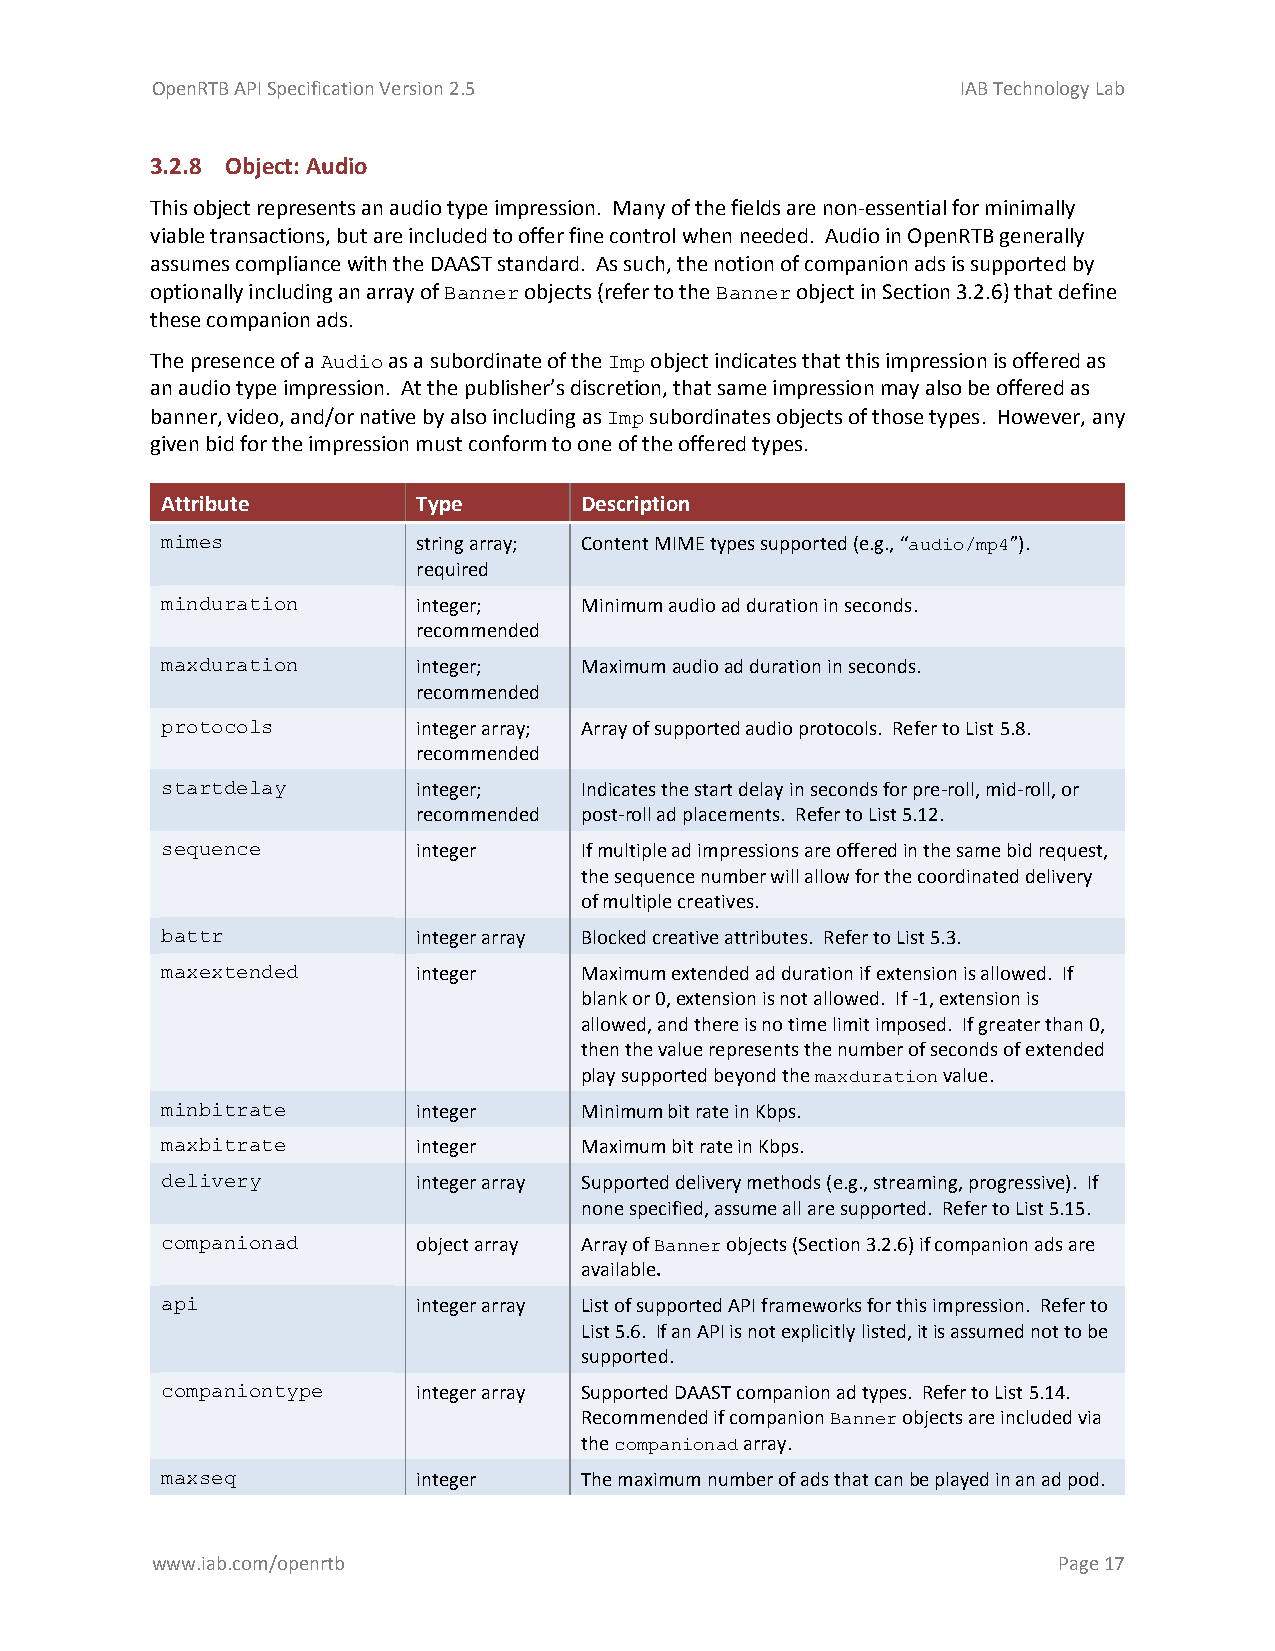
OpenRTB API Specification Version 2.5                 IAB Technology Lab
 3.2.8 Object: Audio
 This object represents an audio type impression. Many of the fields are non-essential for minimally
 viable transactions, but are included to offer fine control when needed. Audio in OpenRTB generally
 assumes compliance with the DAAST standard. As such, the notion of companion ads is supported by
 optionally including an array of Banner objects (refer to the Banner object in Section 3.2.6) that define
 these companion ads.
 The presence of a Audio as a subordinate of the Imp object indicates that this impression is offered as
 an audio type impression. At the publisher’s discretion, that same impression may also be offered as
 banner, video, and/or native by also including as Imp subordinates objects of those types. However, any
 given bid for the impression must conform to one of the offered types.
 Attribute        Type      Description
 mimes            string array; Content MIME types supported (e.g., “audio/mp4”).
 required
 minduration      integer;  Minimum audio ad duration in seconds.
 recommended
 maxduration      integer;  Maximum audio ad duration in seconds.
 recommended
 protocols        integer array; Array of supported audio protocols. Refer to List 5.8.
 recommended
 startdelay       integer;  Indicates the start delay in seconds for pre-roll, mid-roll, or
 recommended post-roll ad placements. Refer to List 5.12.
 sequence         integer   If multiple ad impressions are offered in the same bid request,
 the sequence number will allow for the coordinated delivery
 of multiple creatives.
 battr            integer array Blocked creative attributes. Refer to List 5.3.
 maxextended      integer   Maximum extended ad duration if extension is allowed. If
 blank or 0, extension is not allowed. If -1, extension is
 allowed, and there is no time limit imposed. If greater than 0,
 then the value represents the number of seconds of extended
 play supported beyond the maxduration value.
 minbitrate       integer   Minimum bit rate in Kbps.
 maxbitrate       integer   Maximum bit rate in Kbps.
 delivery         integer array Supported delivery methods (e.g., streaming, progressive). If
 none specified, assume all are supported. Refer to List 5.15.
 companionad      object array Array of Banner objects (Section 3.2.6) if companion ads are
 available.
 api              integer array List of supported API frameworks for this impression. Refer to
 List 5.6. If an API is not explicitly listed, it is assumed not to be
 supported.
 companiontype    integer array Supported DAAST companion ad types. Refer to List 5.14.
 Recommended if companion Banner objects are included via
 the companionad array.
 maxseq           integer   The maximum number of ads that can be played in an ad pod.
 www.iab.com/openrtb                                         Page 17